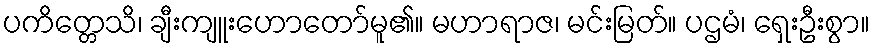
ပကိတ္တေသိ၊ ချီးကျူးဟောတော်မူ၏။ မဟာရာဇ၊ မင်းမြတ်။ ပဌမံ၊ ရှေးဦးစွာ။